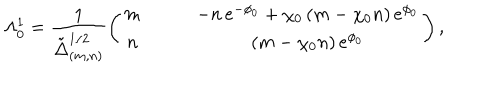
\Lambda _ { 0 } ^ { 1 } = \frac { 1 } { \tilde { \Delta } _ { ( m , n ) } ^ { 1 / 2 } } \left( \begin{array} { c c } { { m \qquad } } & { { - n \, e ^ { - \phi _ { 0 } } + \chi _ { 0 } \, ( m - \chi _ { 0 } n ) \, e ^ { \phi _ { 0 } } } } \\ { { n \qquad } } & { { ( m - \chi _ { 0 } n ) \, e ^ { \phi _ { 0 } } } } \\ \end{array} \right) ,